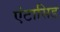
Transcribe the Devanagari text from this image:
एंटासिड